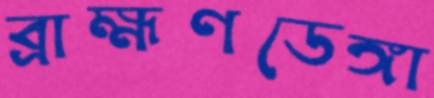
ব্রাহ্মণডেঙ্গা